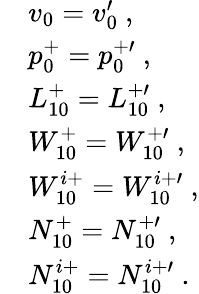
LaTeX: \begin{array}{rl}&{v_{0}=v_{0}^{\prime}~,}\\ &{p_{0}^{+}=p_{0}^{+\prime}~,}\\ &{L_{10}^{+}=L_{10}^{+\prime}~,}\\ &{W_{10}^{+}=W_{10}^{+\prime}~,}\\ &{W_{10}^{i+}=W_{10}^{i+\prime}~,}\\ &{N_{10}^{+}=N_{10}^{+\prime}~,}\\ &{N_{10}^{i+}=N_{10}^{i+\prime}~.}\end{array}